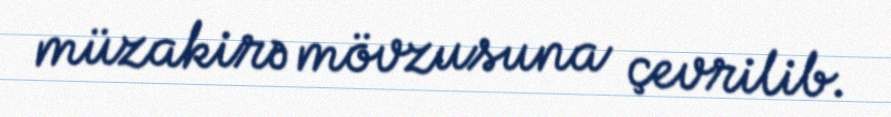
müzakirə mövzusuna çevrilib.